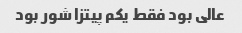
عالی بود فقط یکم پیتزا شور بود